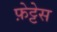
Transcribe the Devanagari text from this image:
फ़ेट्टेस